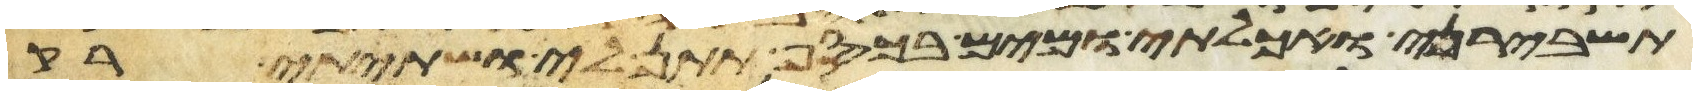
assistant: תשבירני ואכלתי ומים בכסף תתן לי ושתיתי רק